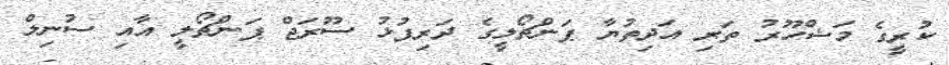
ކުރީގެ މަޝްހޫރު ތަރި އަދިތުޔާ ޕަންޗޯލީގެ ދަރިފުޅު ސޫރަޖް ޕަންޗޯލީ އާއި ސުނިލް